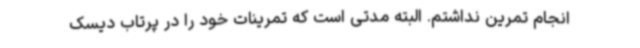
انجام تمرین نداشتم. البته مدتی است که تمرینات خود را در پرتاب دیسک